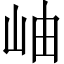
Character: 岫